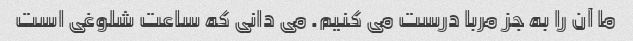
ما آن را به جز مربا درست می کنیم. می دانی که ساعت شلوغی است